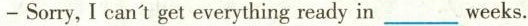
- Sorry, I can't get everything ready in ___ weeks.